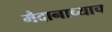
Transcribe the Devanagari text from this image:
मैदानाच्याच